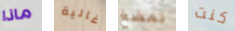
ماذا غالية تمضغ كنت